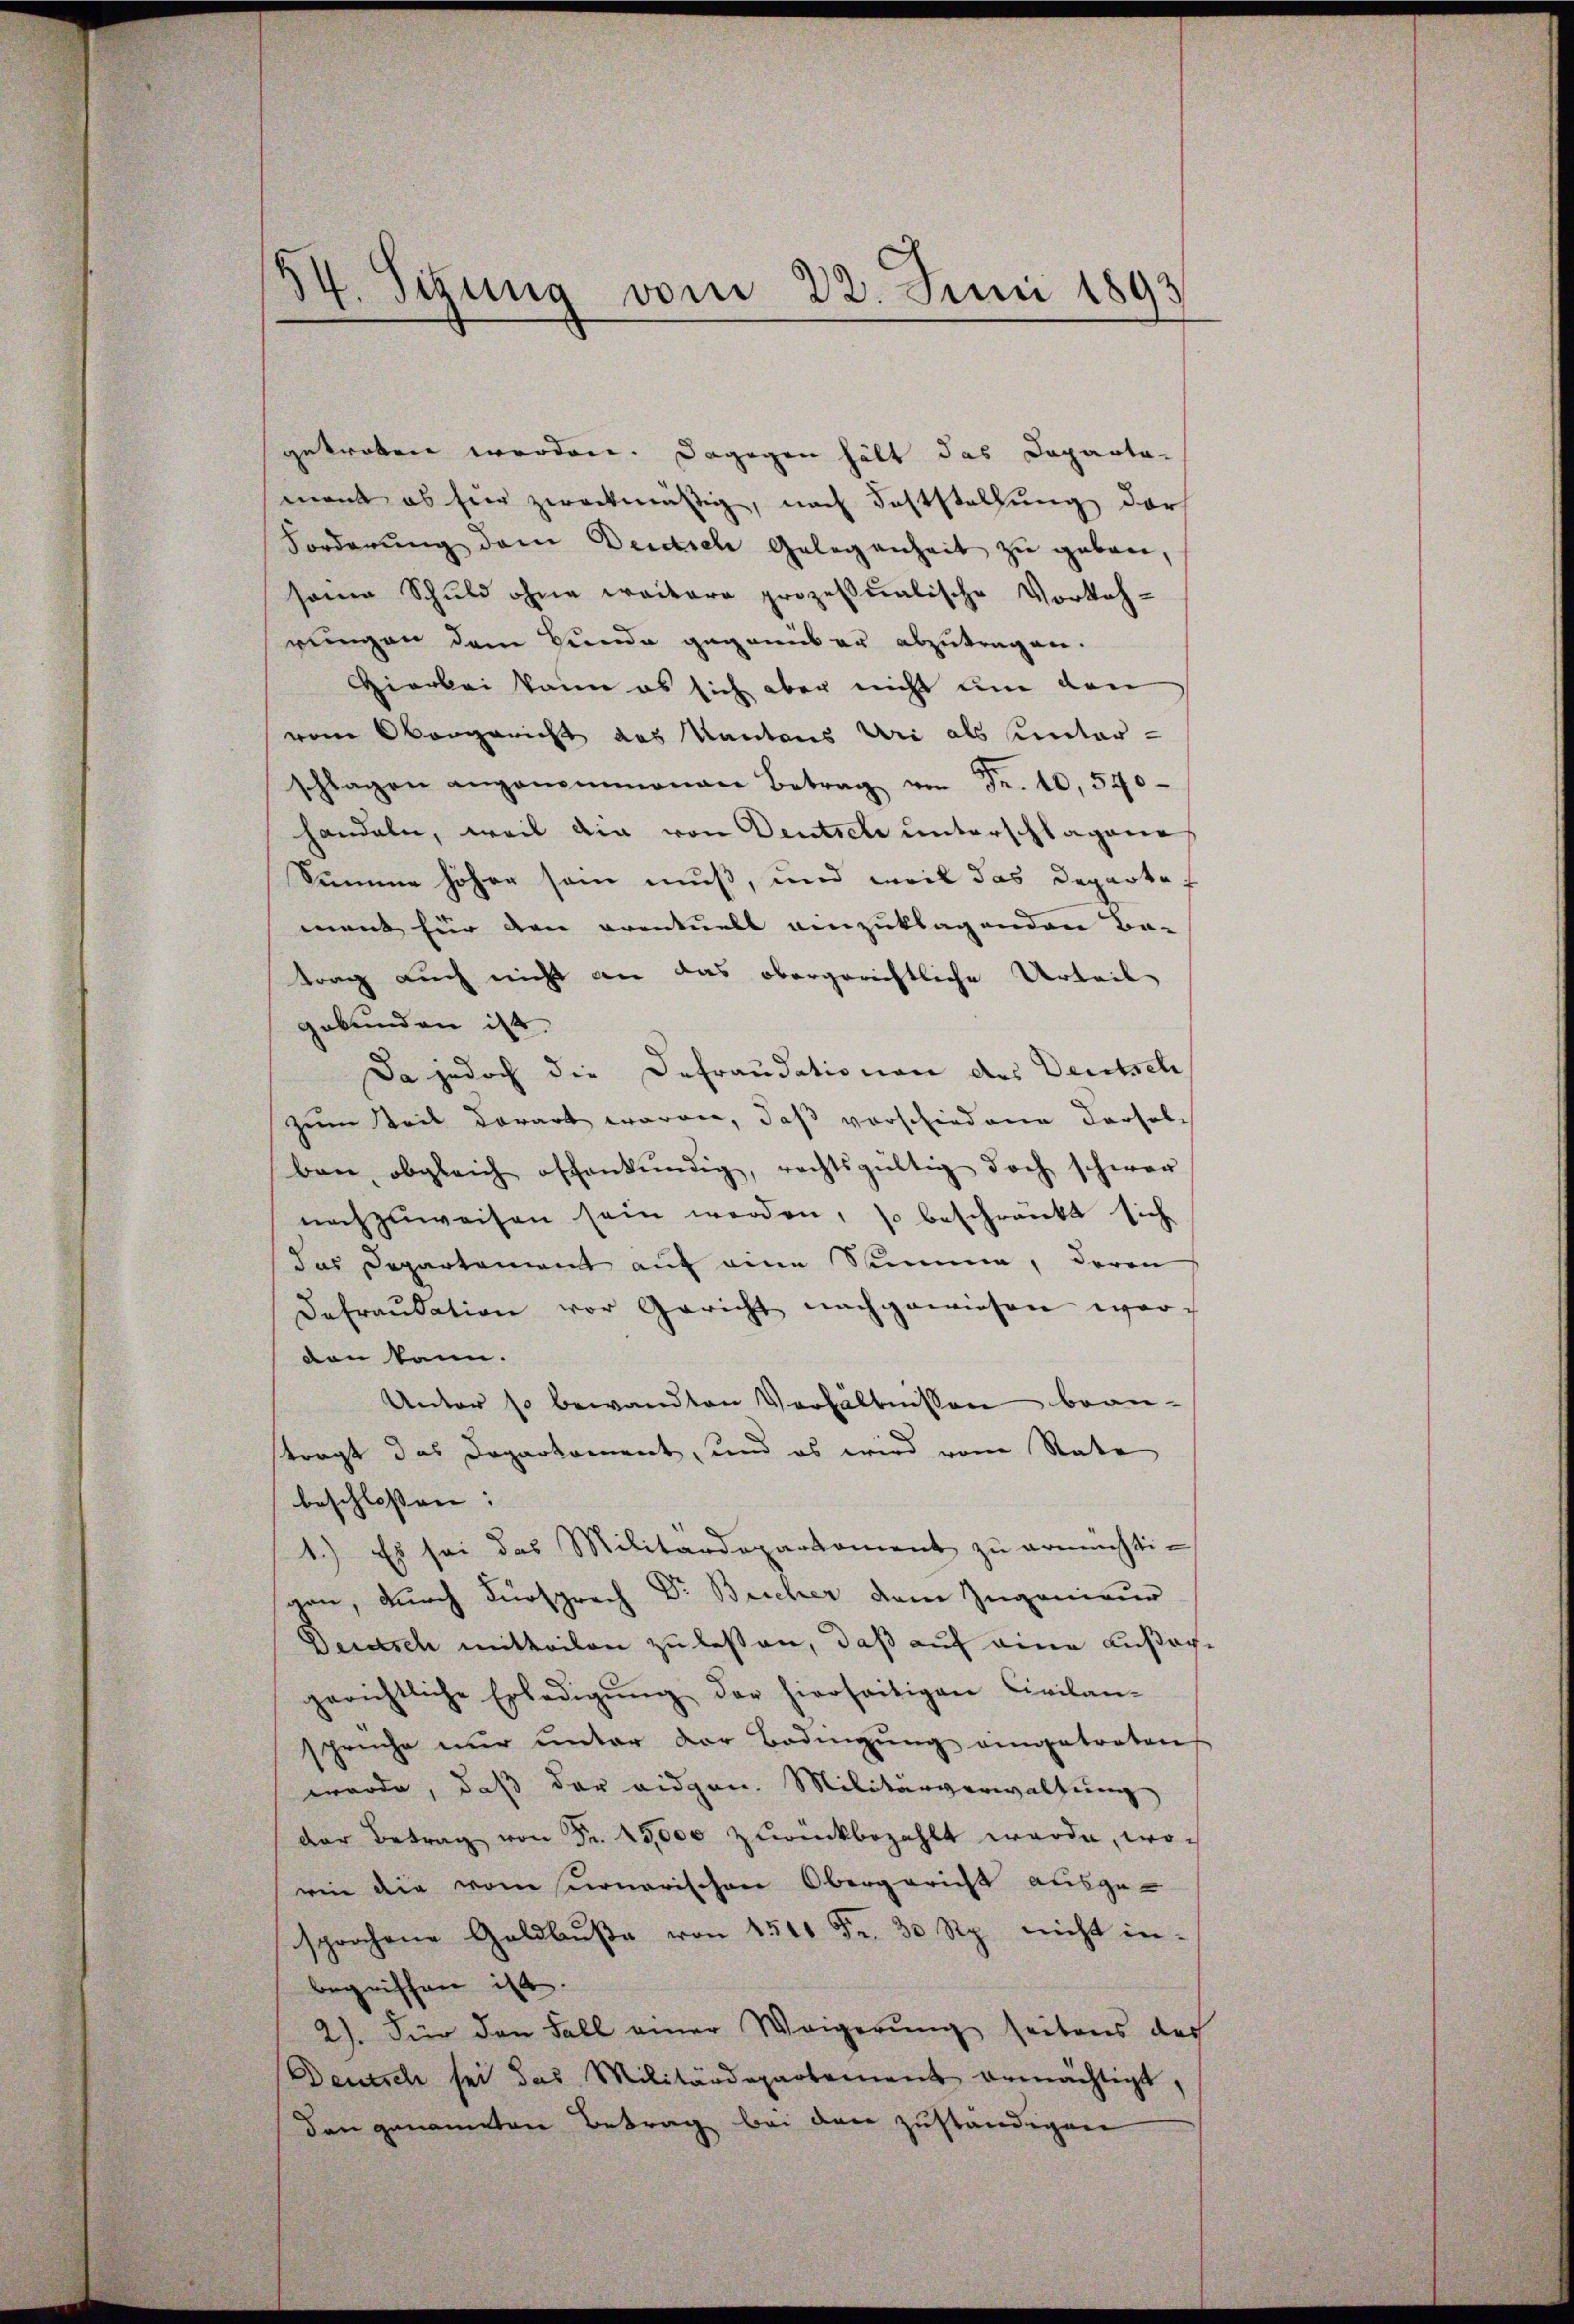
34. Sizung vom 22. Juni 1893

gekreten worden. Dagegen hält das Departa-
mont ob hier zweckmäßig, nach Feststellung darf
Forderung dem Deutsch Gelegenheit zu geben,
same Schuld ohne weitere prozessualische Vorkeh-
rungen dem Bunde gegenüber abzutragen.
Hiarbei kann es sich aber nicht um den
vom Obergericht das Kantons Uri als unter-
schlagen angenommenen Betrag von Fr. 10,540
handeln, weil die von Deutsche unterschlagene
Summe höher sein muß, und weil das Departe
ment für den eventuell einzuklagenden Ba-
trag auch nicht an das obergerichtliche Urteil
gebunden ist.
Da jedoch die Defraudationen des Deutsch
zum Teil derart waren, daß vorschiedene Persol-
ben, obgleich offenkundig, rechtsgültig doch schwer
nachzuweisen sein werden, so beschränkt sich
das Departement auf eine Summe, deren
Dafraŭdation vor Gericht nachgewiesen war
den kann.
Unter so bewandten Verhältnissen bean-
tragt das Doparkoment, und es wird vom Rate
beschlossen: |
1.) Es sei das Militärdeparkoment zu ermächtigen, durch Fürsprech Dr. Beicher dem Zugenieur
Deutsch mitteilen zu lassen, daß auf eine Außachgerichtliche Erledigŭng der hierseitigen Civilan-
sprüche nŭr ŭnter der Bedingŭng eingetreten
wurde, daß der eidgen. Militärverwaltung
der Betrag von Fr. 15,000 zurückbezahlt werde, wowin die vom Conarischen Obergericht ausge-
sprochene Geldbŭβe von 1500 Fr. 30 Rp. nicht in-
begriffen ist.
2). Für den Fall einer Weigerung seitens des
Deutsch sei das Militärdepartement ermächtigt,
den genometen Betrag bei den zuständigen